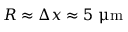
R \approx \Delta x \approx 5 ~ { \upmu \mathrm { m } }